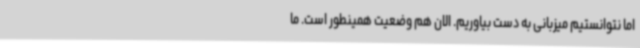
اما نتوانستیم میزبانی به دست بیاوریم. الان هم وضعیت همینطور است. ما